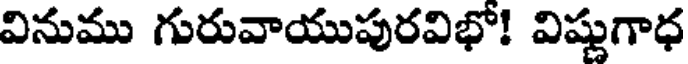
వినుము గురువాయుపురవిభో! విష్ణుగాధ